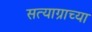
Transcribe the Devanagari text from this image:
सत्याग्राच्या